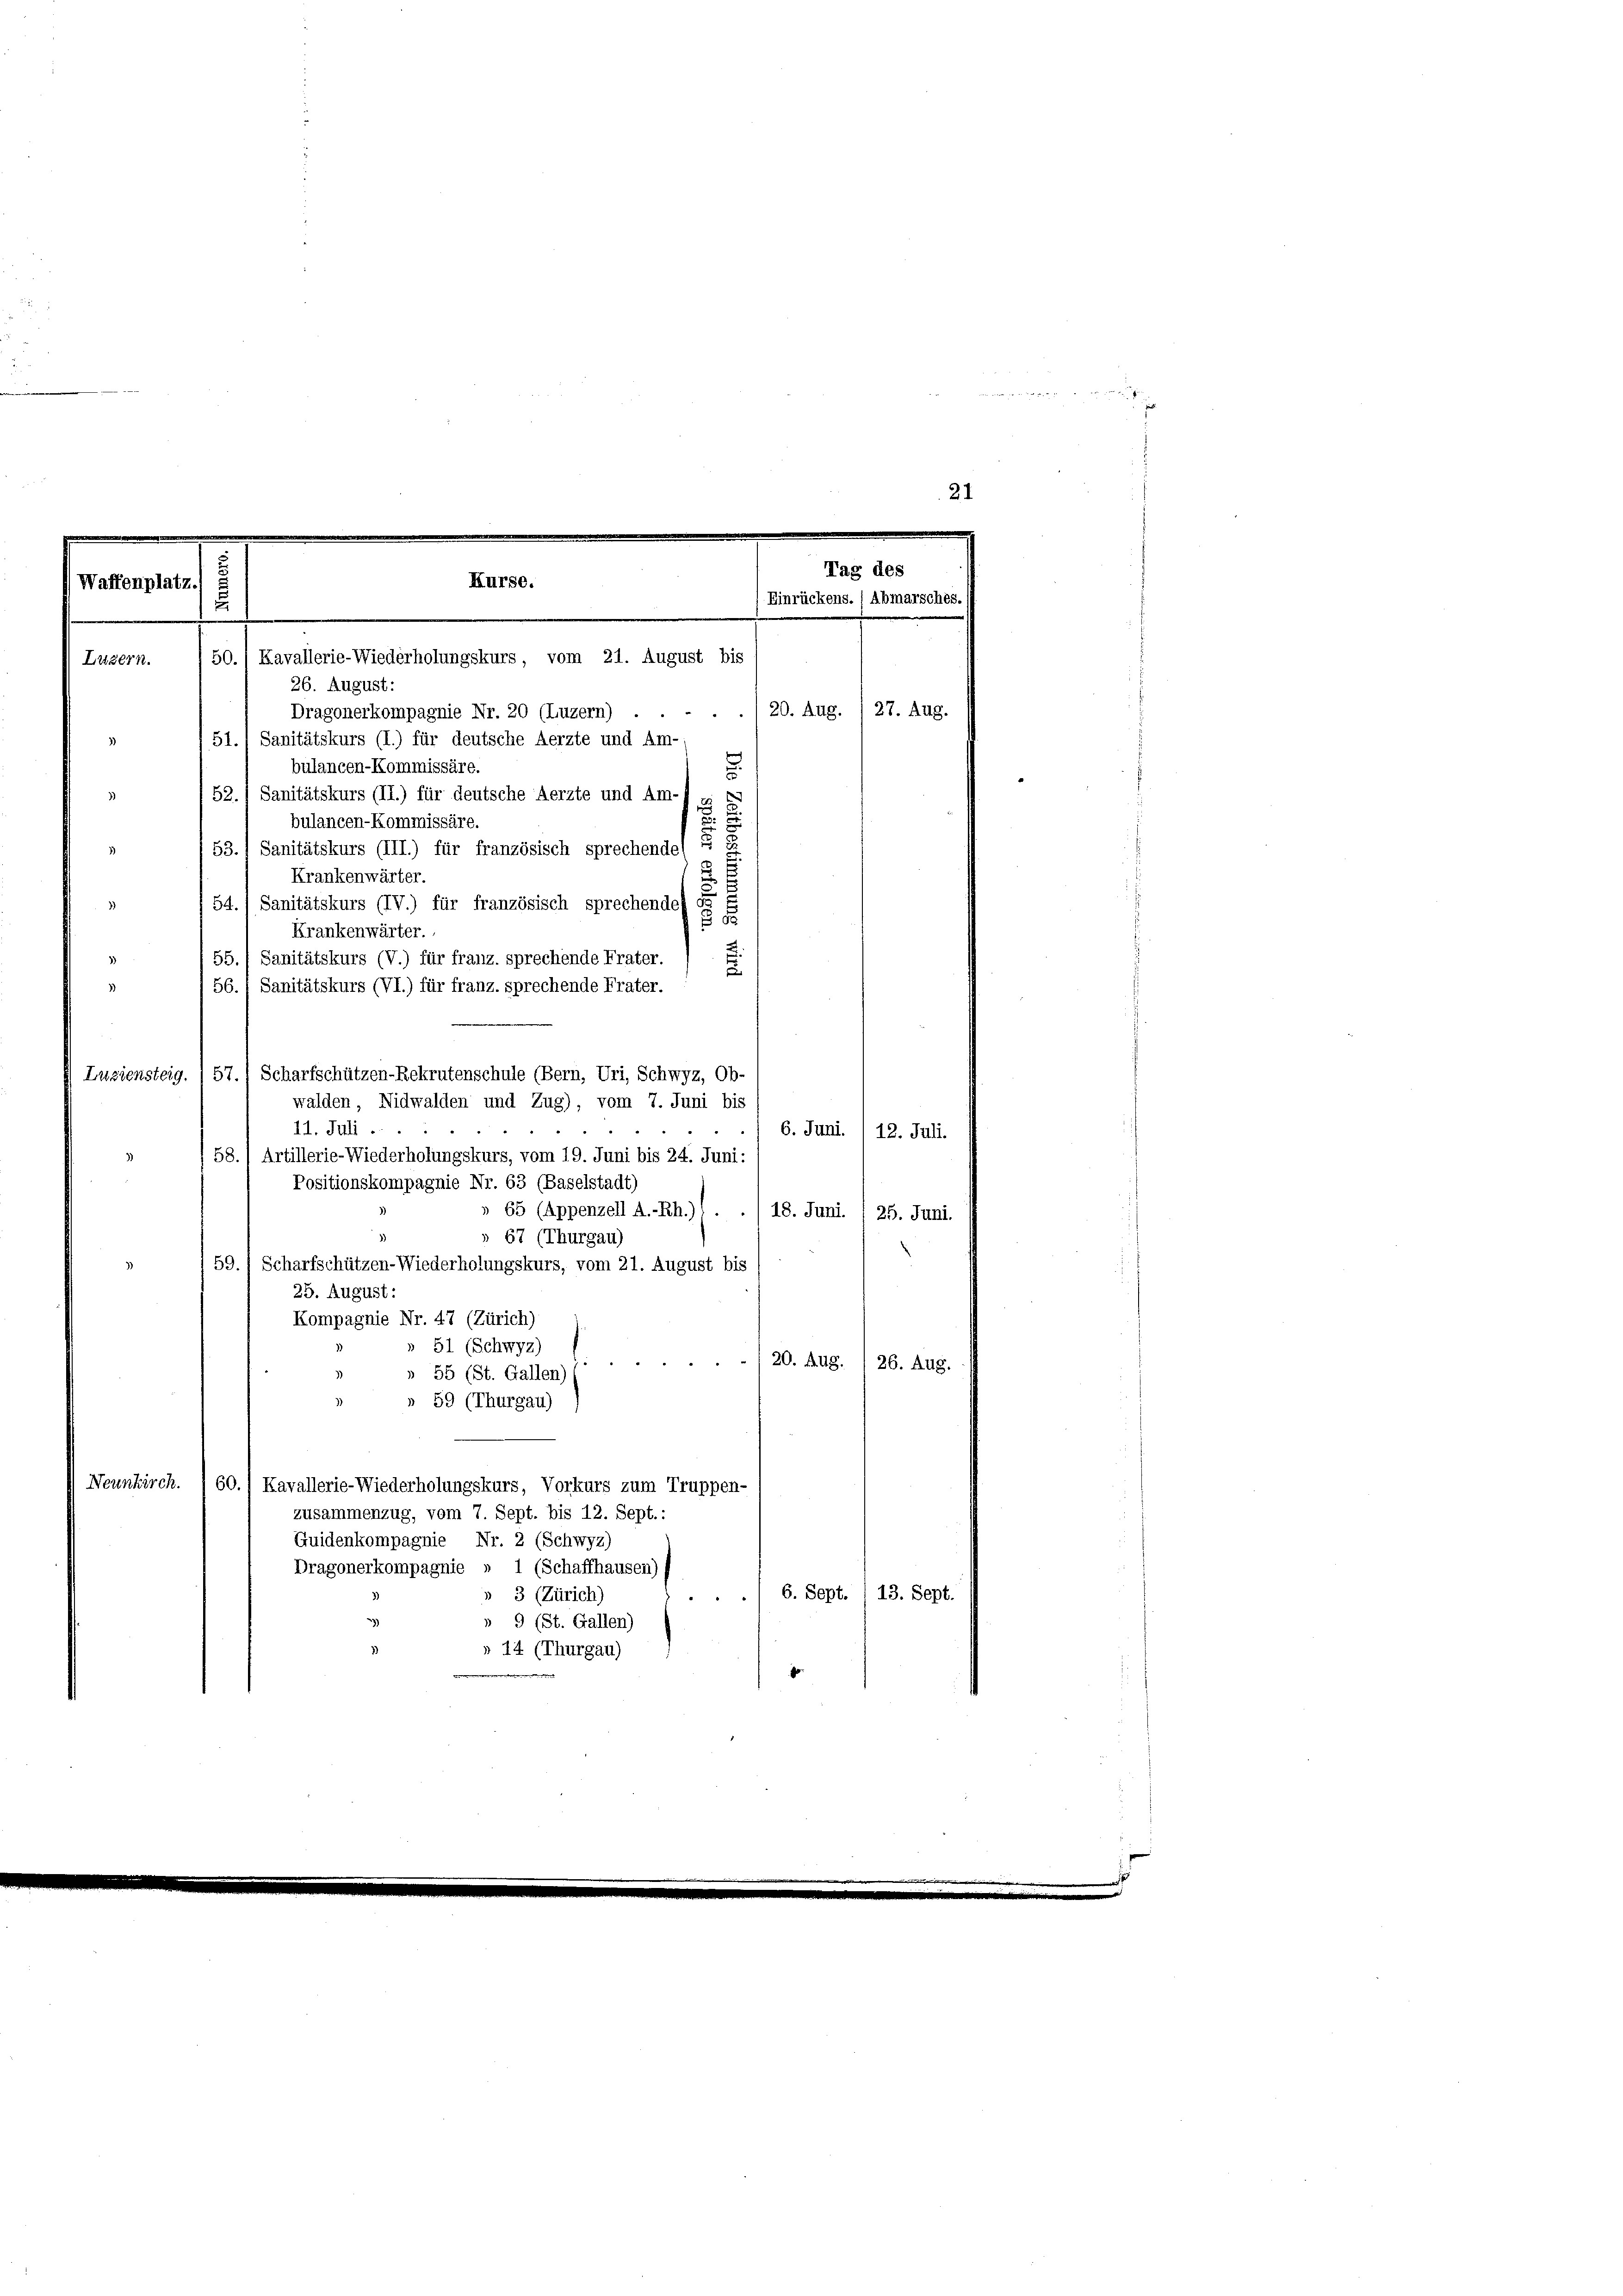
21.

Tag des
Kurse.
Waffenplatz.
Einrückens. 1 Abmarsches
u
Luzern. (50.) Kavallerie-Wiederholungskurs, vom 21. August bis

26. August:
Dragonerkompagnie Nr. 20 (Luzern) . . . . . 20. Aug. 1 27. Aug.
51., Sanitätskurs (I.) für deutsche Aerzte und Am-
bulancen-Kommissäre.
.
52.1 Sanitätskurs (II.) für deutsche Aerzte und Am-) si
bulancen-Kommissäre.
2
53.) Sanitätskurs (III.) für französisch sprechende
Krankenwärter.
54.) Sanitätskurs (IV.) für französisch sprechende
1
Krankenwärter.
.
55.) Sanitätskurs (V.) für franz. sprechende Frater.
e
1
 56. 1 Sanitätskurs (VI.) für franz. sprechende Frater.
Luziensteig. I 57.) Scharfschützen-Rekrutenschule (Bern, Uri, Schwyz, Ob-
walden, Nidwalden und Zug), vom 7. Juni bis
“
11. Juli ...
6. Juni. 12. Juli.
58.) Artillerie-Wiederholungskurs, vom 19. Juni bis 24. Juni:
Positionskompagnie Nr. 63 (Baselstadt)
65 (Appenzell A.-Rh.) . . 18. Juni /25. Juni.
» 67 (Thurgau)
59.) Scharfschützen-Wiederholungskurs, vom 21. August bis
25. August:
Kompagnie Nr. 47 (Zürich)
 51 (Schwyz)
20. Aug. / 26. Aug.
» 55 (St. Gallen)
» 59 (Thurgau)
Neunkirch. I 60.) Kavallerie-Wiederholungskurs, Vorkurs zum Truppen-
zusammenzug, vom 7. Sept. bis 12. Sept.:
Guidenkompagnie Nr. 2 (Schwyz)
Dragonerkompagnie » 1 (Schaffhausen)
6. Sept. 1 13. Sept.
 3 (Zürich)
» 9 (St. Gallen)
» 14 (Thurgau)

gegen